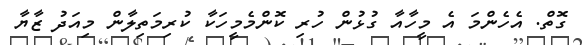
ގޮތް. އެހެންމަ އެ މީހާއާ ގުޅުން ހުރި ކޮންމެމީހަކާ ކުރިމަތިލާން މިއަދު ޒާޔާ